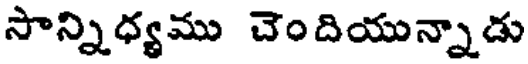
సాన్నిధ్యము చెందియున్నాడు